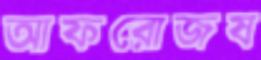
আফরোজষ